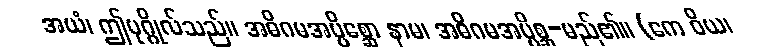
အယံ၊ ဤပုဂ္ဂိုလ်သည်။ အဓိဂမအပ္ပိစ္ဆော နာမ၊ အဓိဂမအပ္ပိစ္ဆ-မည်၏။ (ကေ ဝိယ၊